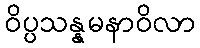
ဝိပ္ပသန္နမနာဝိလာ